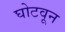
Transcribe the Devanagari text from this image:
घोटवून